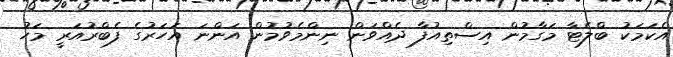
އެކަމަކު ބްލެޓާ މަގާމުން އިސްތިއުފާ ދެއްވަން ނިންމެވުމުން އަންނަ އަހަރުގެ ފެބްރުއަރީ މަހު